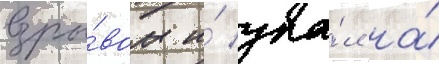
взры́вом и́ упа́л на́